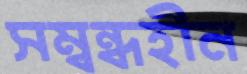
সম্বন্ধহীন